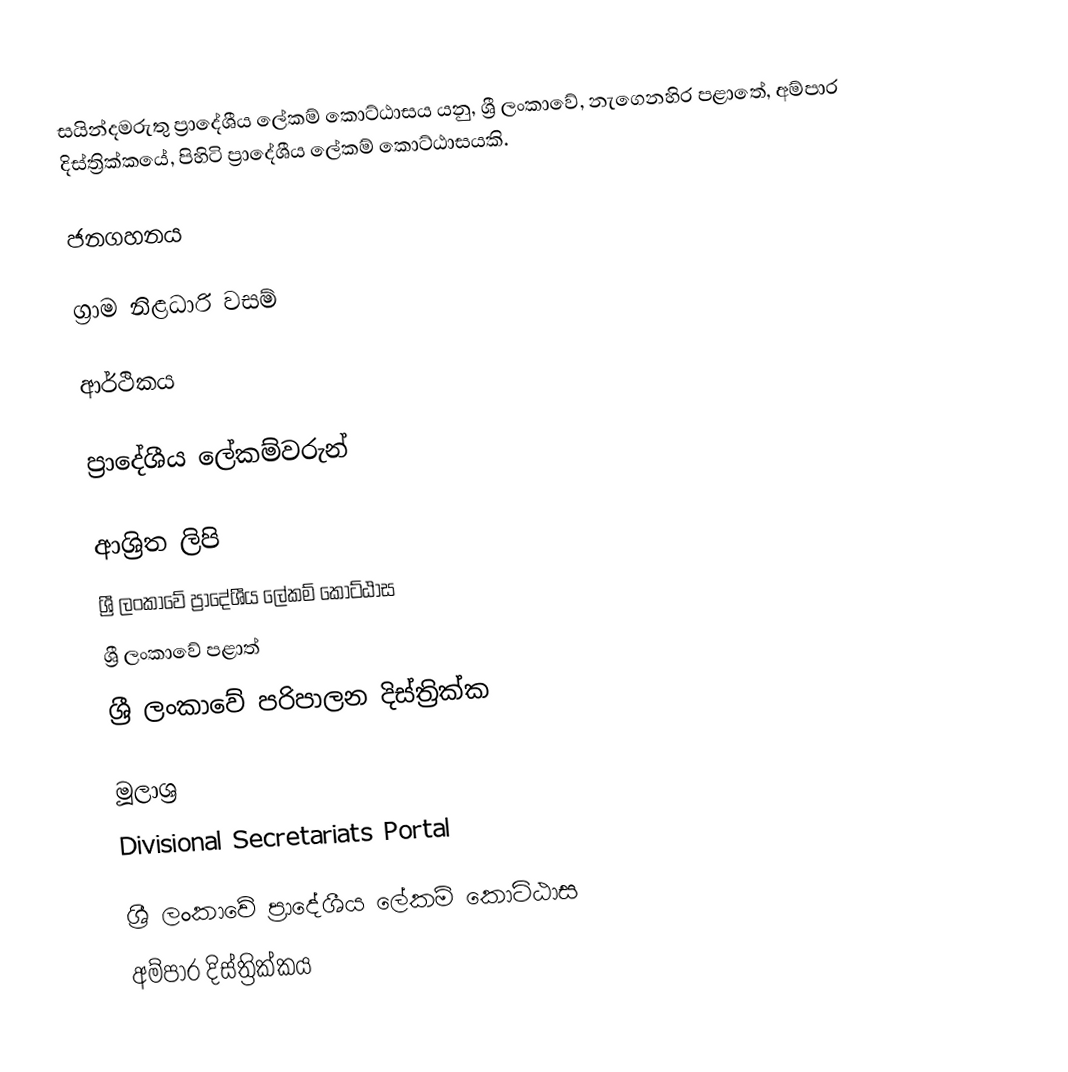
සයින්දමරුතු ප්‍රාදේශීය ලේකම් කොට්ඨාසය යනු,  ශ්‍රී ලංකාවේ, නැගෙනහිර පළාතේ,   අම්පාර දිස්ත්‍රික්කයේ, පිහිටි ප්‍රාදේශීය ලේකම් කොට්ඨාසයකි.

ජනගහනය

ග්‍රාම නිළධාරි වසම්

ආර්ථිකය

ප්‍රාදේශීය ලේකම්වරුන්

ආශ්‍රිත ලිපි
ශ්‍රී ලංකාවේ ප්‍රාදේශීය ලේකම් කොට්ඨාස
ශ්‍රී ලංකාවේ පළාත්
ශ්‍රී ලංකාවේ පරිපාලන දිස්ත්‍රික්ක

මූලාශ්‍ර
 Divisional Secretariats Portal

ශ්‍රී ලංකාවේ ප්‍රාදේශීය ලේකම් කොට්ඨාස
අම්පාර දිස්ත්‍රික්කය